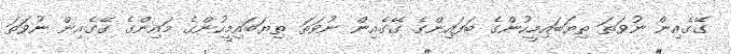
ގޭގެއިން ނުވަތަ ތިޔަބައިމީހުންގެ ބަފައިންގެ ގޭގެއިން ނުވަތަ ތިޔަބައިމީހުންގެ މައިންގެ ގޭގެއިން ނުވަތަ